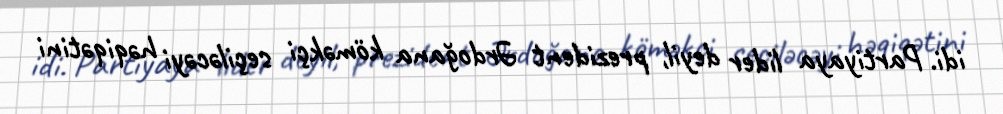
idi. Partiyaya lider deyil, prezident Ərdoğana köməkçi seçiləcəyi həqiqətini